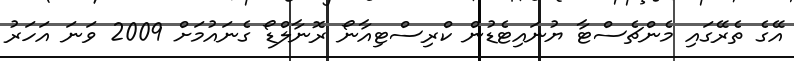
އޭގެ ތެރޭގައި މެންޗެސްޓާ ޔުނައިޓެޑުން ކްރިސްޓިއާނޯ ރޮނާލްޑޯ ގެނައުމަށް 2009 ވަނަ އަހަރު